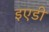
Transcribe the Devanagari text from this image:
इएडी